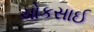
ચોકસાઈ